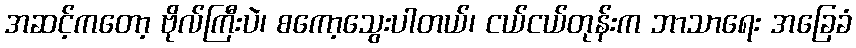
အဆင့်ကတော့ ဗိုလ်ကြီးပဲ၊ စကော့သွေးပါတယ်၊ ငယ်ငယ်တုန်းက ဘာသာရေး အခြေခံ